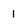
Character: 1